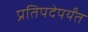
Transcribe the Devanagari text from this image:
प्रतिपदेपर्यंत